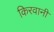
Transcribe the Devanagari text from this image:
किरवानी